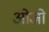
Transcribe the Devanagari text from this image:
ओजो